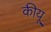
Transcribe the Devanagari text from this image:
कीयू